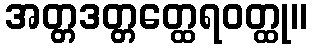
အတ္တဒတ္တတ္ထေရဝတ္ထု။